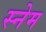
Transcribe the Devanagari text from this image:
स्नेम